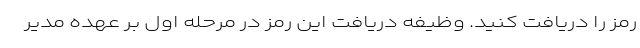
رمز را دریافت کنید. وظیفه دریافت این رمز در مرحله اول بر عهده مدیر